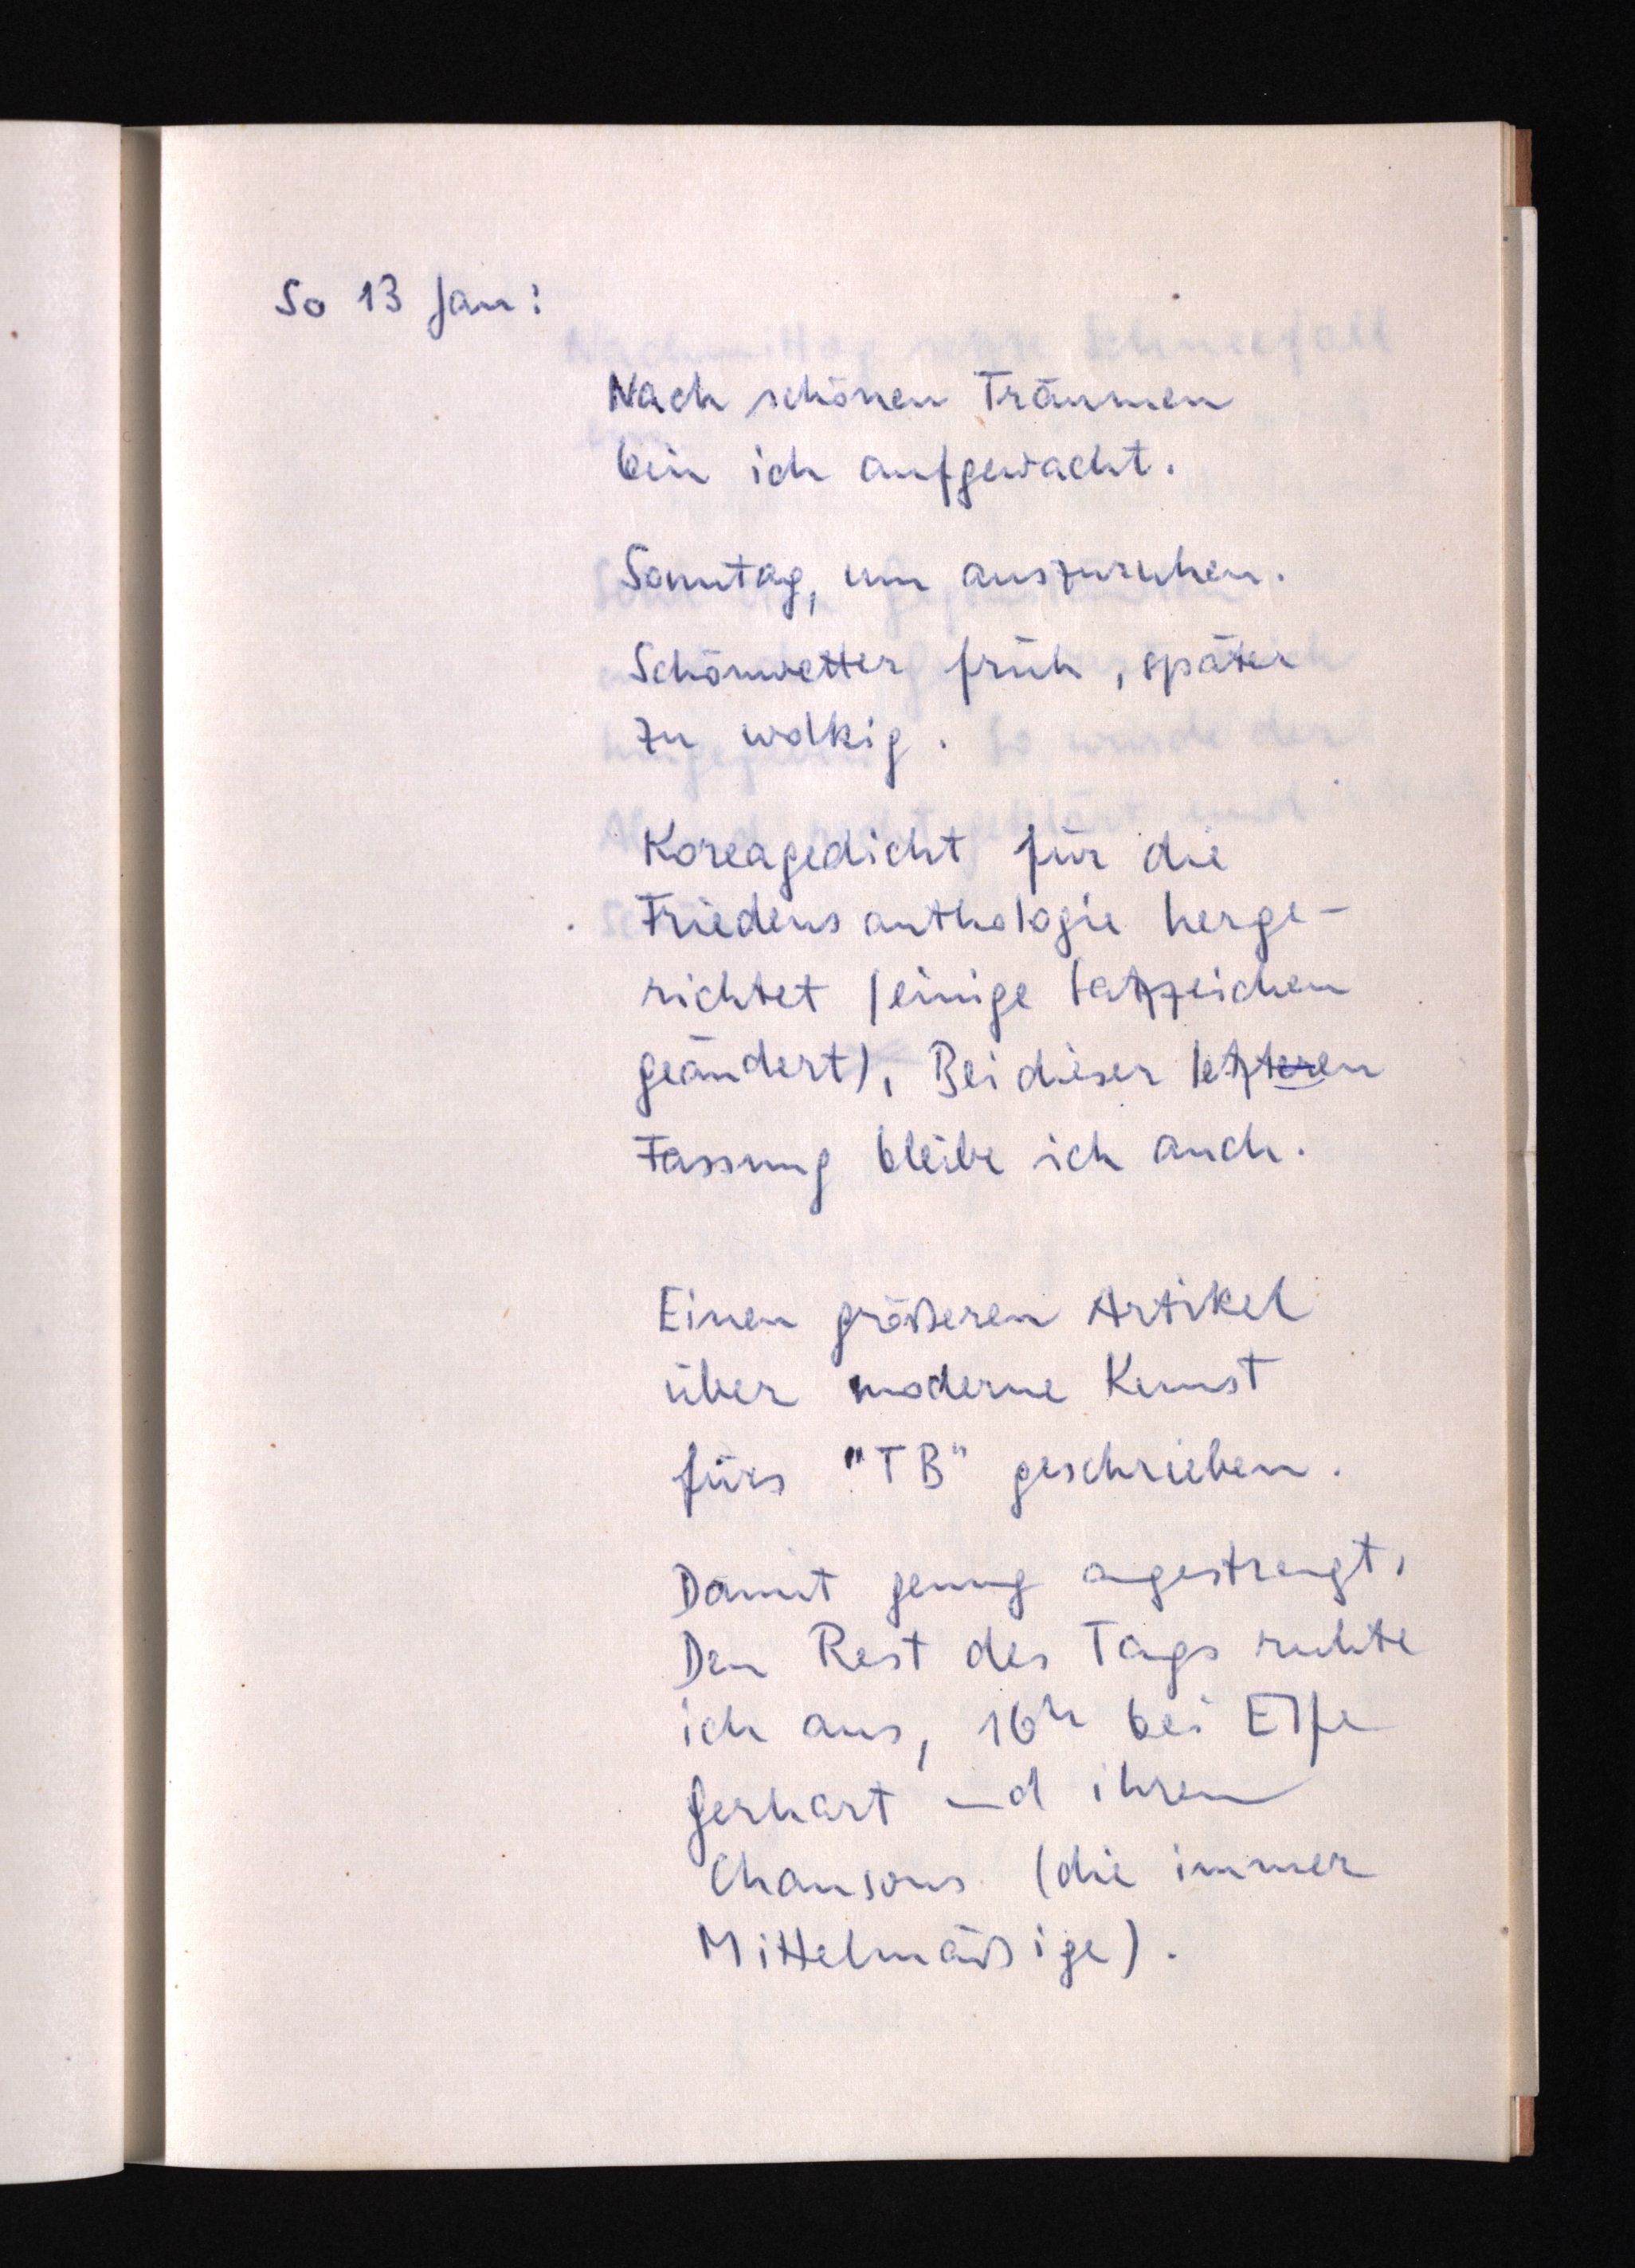
So 13 Jan:
Nach schönen Träumen
bin ich aufgewacht.
Sonntag, um auszuruhen.
Schönwetter früh, später
zu wolkig.
Koreagedicht für die
Friedensanthologie herge¬
richtet (einige Satzzeichen
geändert). Bei dieser letzteren
Fassung bleibe ich auch.
Einen größeren Artikel
über moderne Kunst
fürs "TB" geschrieben.
Damit genug angestrengt.
Den Rest des Tags ruhte
ich aus, 16h bei Elfi
Gerhart und ihren
Chansons (die immer
Mittelmäßige).